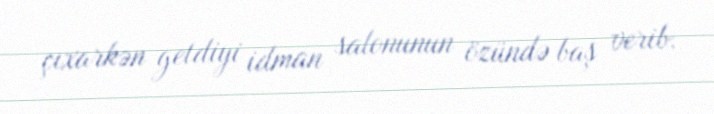
çıxarkən getdiyi idman salonunun özündə baş verib.